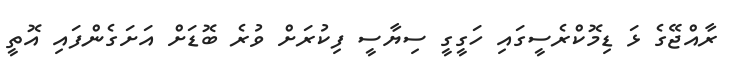
ރާއްޖޭގެ ޅަ ޑިމޮކްރެސީގައި ހަގީގީ ސިޔާސީ ފިކުރަށް ވުރެ ބޮޑަށް އަށަގެންފައި އޮތީ